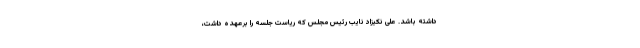
داشته باشد. علی نکیزاد نایب رئیس مجلس که ریاست جلسه را برعهده داشت،